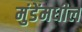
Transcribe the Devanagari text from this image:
मुंडेंमधील